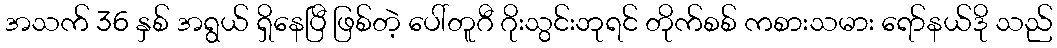
အသက် 36 နှစ် အရွယ် ရှိနေပြီ ဖြစ်တဲ့ ပေါ်တူဂီ ဂိုးသွင်းဘုရင် တိုက်စစ် ကစားသမား ရော်နယ်ဒို သည်